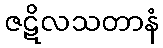
ဇဋိလသတာနံ